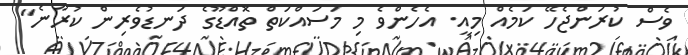
ވެސް ކުރަންޖެހޭ ކަމެއް މިއީ. އެހެންވެ މި މަސައްކަތް ތޮއްޑޫގެ ދަނޑުވެރިން ކުރާނެ"